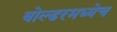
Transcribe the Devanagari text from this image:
बोल्डरमध्येच